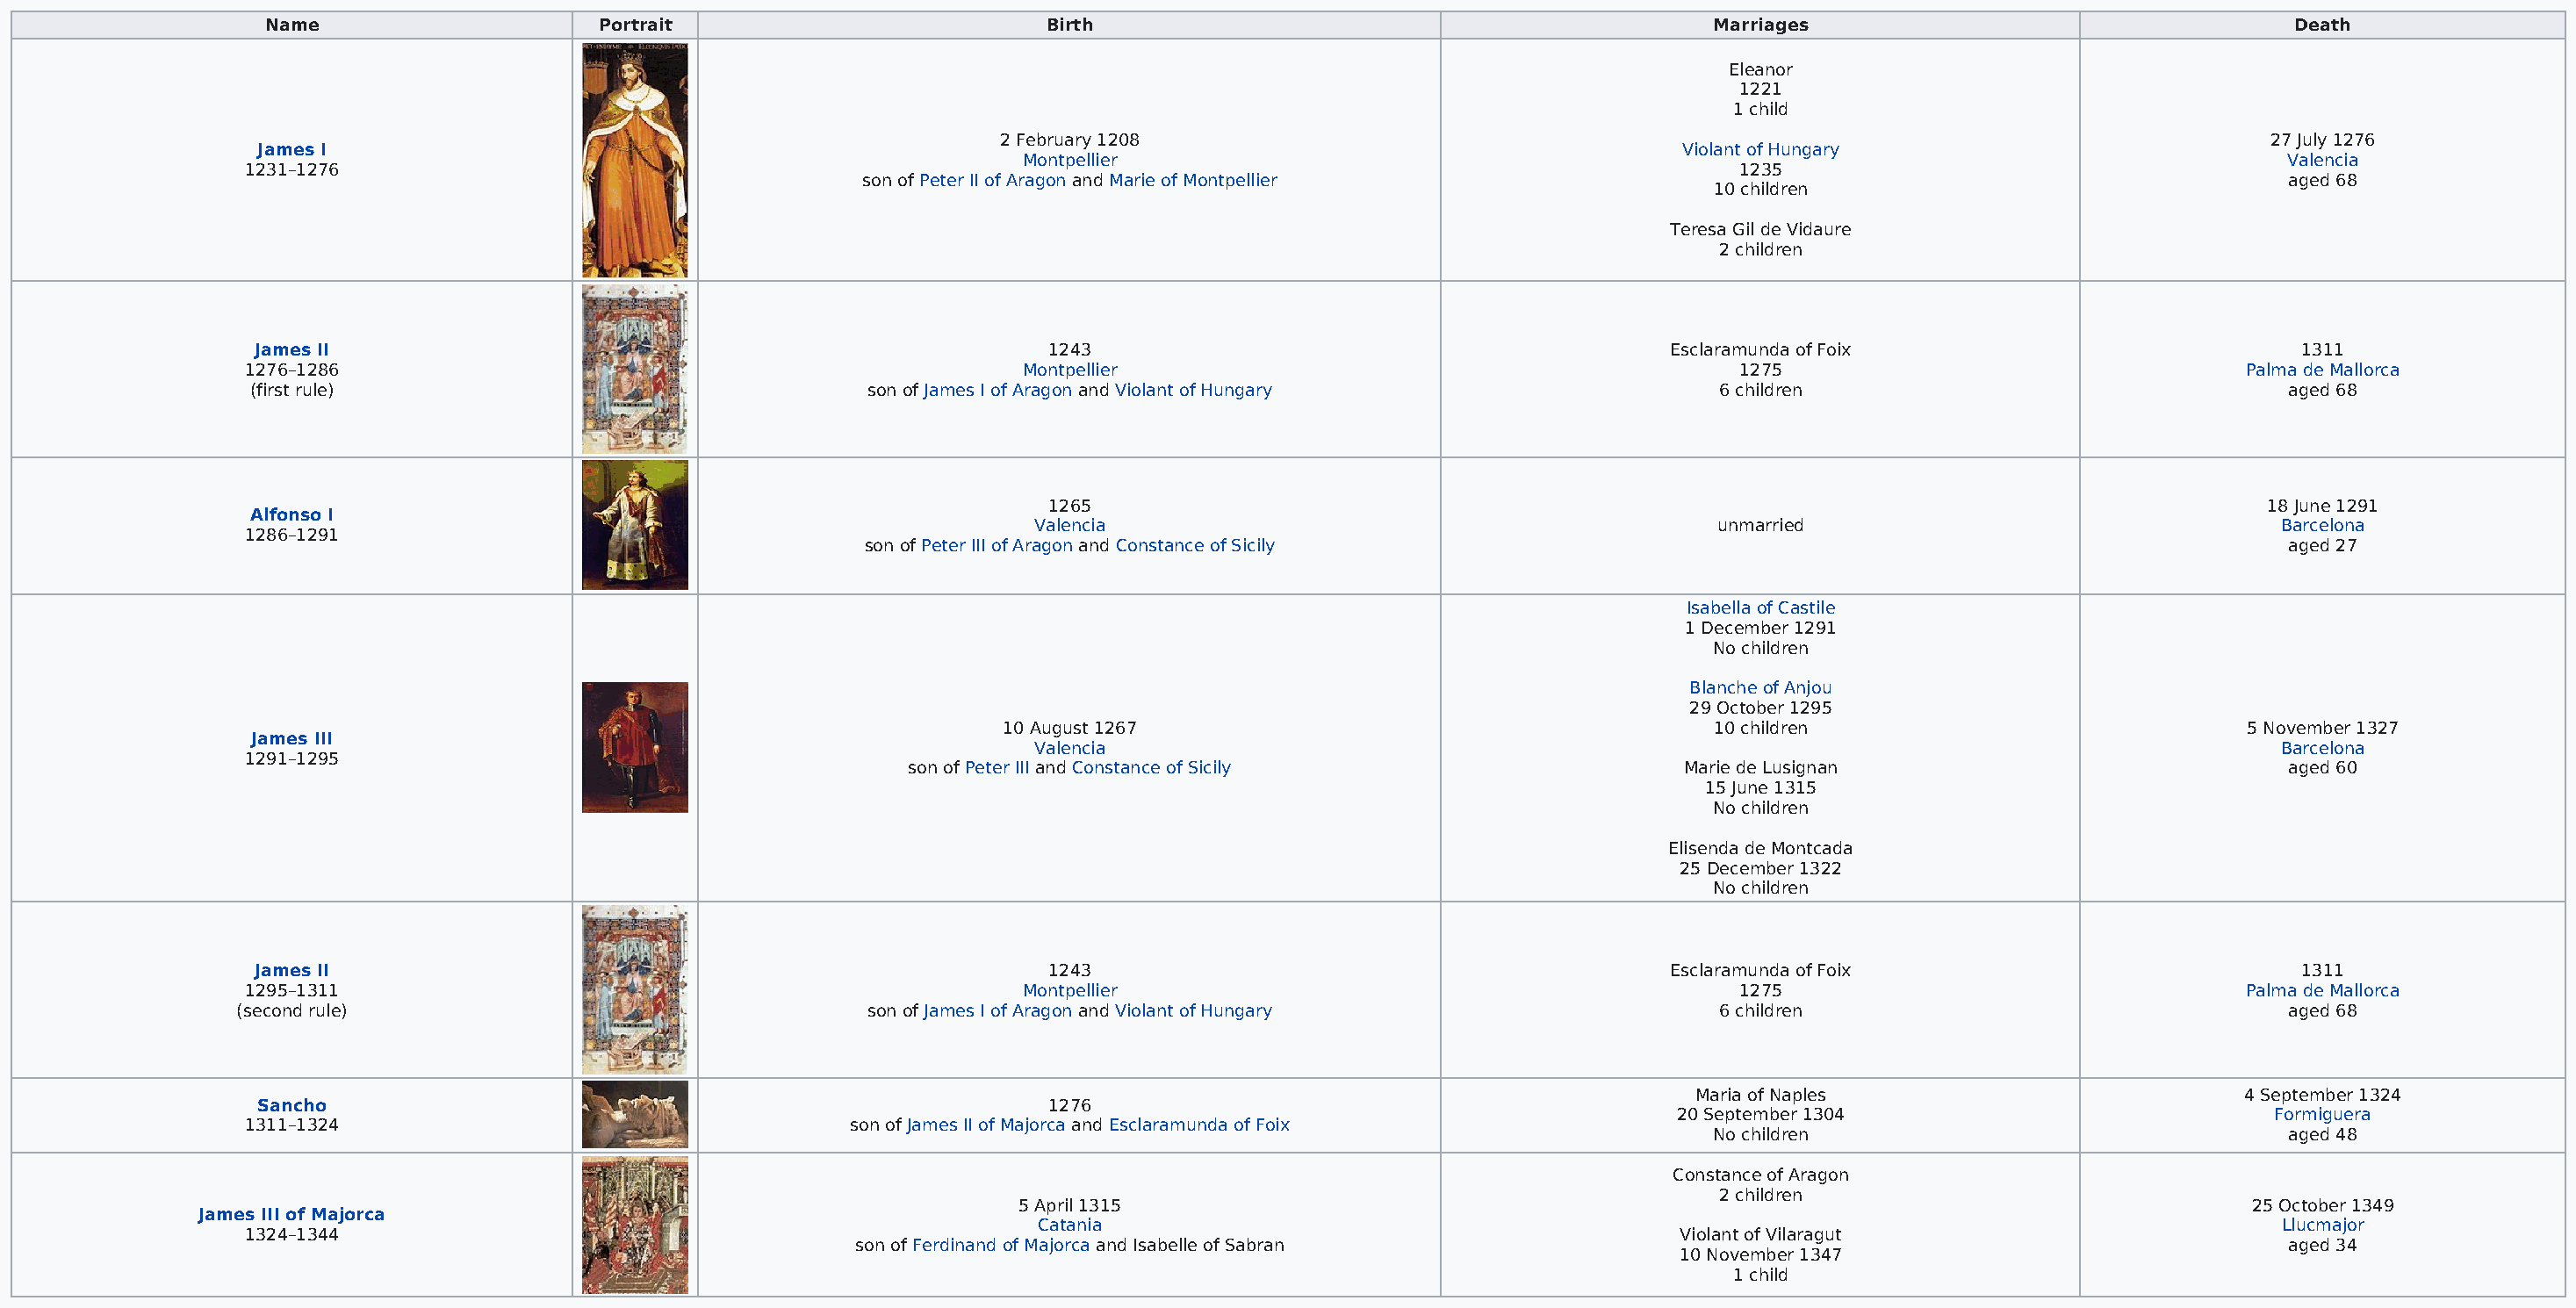
Name                     Portrait                          Birth                                             Marriages                                   Death
 Eleanor
 1221
 1 child
 2 February 1208                                                                                 27 July 1276
 James I                                                                                                     Violant of Hungary
 Montpellier                                                                                    Valencia
 1231–1276                                                                                                        1235
 son of Peter II of Aragon and Marie of Montpellier                                                          aged 68
 10 children
 Teresa Gil de Vidaure
 2 children
 James II                                                    1243                                           Esclaramunda of Foix                            1311
 1276–1286                                                  Montpellier                                           1275                                  Palma de Mallorca
 (first rule)                                  son of James I of Aragon and Violant of Hungary                  6 children                                 aged 68
 1265                                                                                        18 June 1291
 Alfonso I
 Valencia                                           unmarried                                  Barcelona
 1286–1291
 son of Peter III of Aragon and Constance of Sicily                                                          aged 27
 Isabella of Castile
 1 December 1291
 No children
 Blanche of Anjou
 29 October 1295
 10 August 1267                                       10 children                             5 November 1327
 James III
 Valencia                                                                                      Barcelona
 1291–1295
 son of Peter III and Constance of Sicily                   Marie de Lusignan                             aged 60
 15 June 1315
 No children
 Elisenda de Montcada
 25 December 1322
 No children
 James II                                                    1243                                           Esclaramunda of Foix                            1311
 1295–1311                                                  Montpellier                                           1275                                  Palma de Mallorca
 (second rule)                                  son of James I of Aragon and Violant of Hungary                  6 children                                 aged 68
 Maria of Naples                          4 September 1324
 Sancho                                                      1276
 20 September 1304                            Formiguera
 1311–1324                                     son of James II of Majorca and Esclaramunda of Foix
 No children                                 aged 48
 Constance of Aragon
 2 children
 5 April 1315                                                                                 25 October 1349
 James III of Majorca
 Catania                                                                                       Llucmajor
 1324–1344                                                                                                    Violant of Vilaragut
 son of Ferdinand of Majorca and Isabelle of Sabran                                                           aged 34
 10 November 1347
 1 child